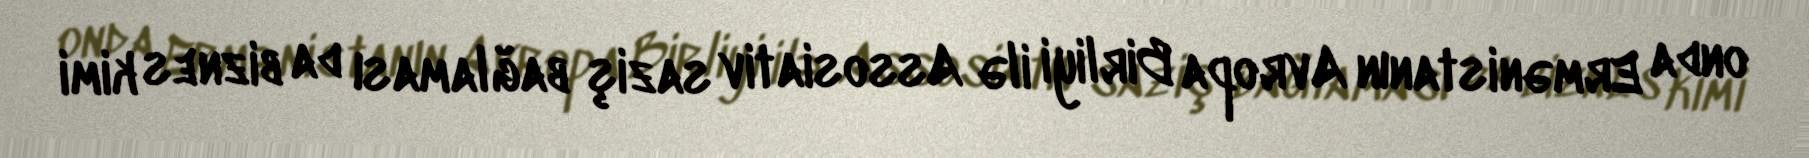
onda Ermənistanın Avropa Birliyi ilə Assosiativ saziş bağlaması da biznes kimi